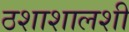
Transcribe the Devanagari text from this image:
ठशाशालशी